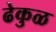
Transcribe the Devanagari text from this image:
ढेकुळ